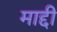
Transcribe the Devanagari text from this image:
माद्दी